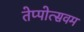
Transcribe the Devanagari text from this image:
तेप्पोत्सवम